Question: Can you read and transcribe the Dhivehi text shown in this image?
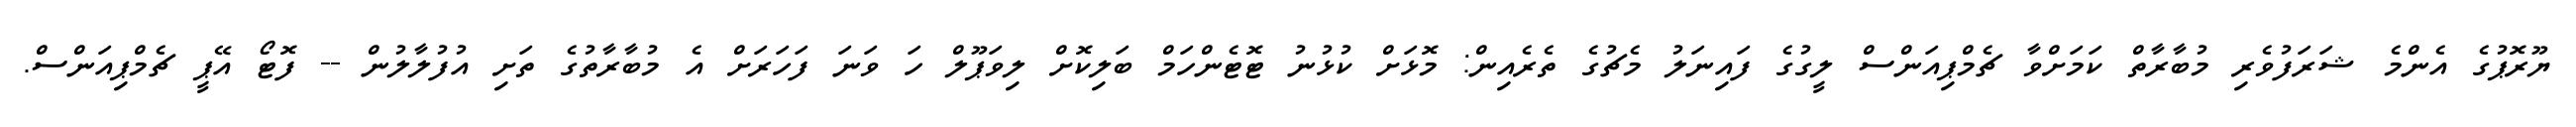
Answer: ޔޫރޮޕުގެ އެންމެ ޝަރަފުވެރި މުބާރާތް ކަމަށްވާ ޗެމްޕިއަންސް ލީގުގެ ފައިނަލު މެޗުގެ ތެރެއިން: މޮޅަށް ކުޅުނު ޓޮޓެންހަމް ބަލިކޮށް ލިވަޕޫލް ހަ ވަނަ ފަހަރަށް އެ މުބާރާތުގެ ތަށި އުފުލާލުން -- ފޮޓޯ އޭޕީ ޗެމްޕިއަންސް.